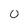
Character: O